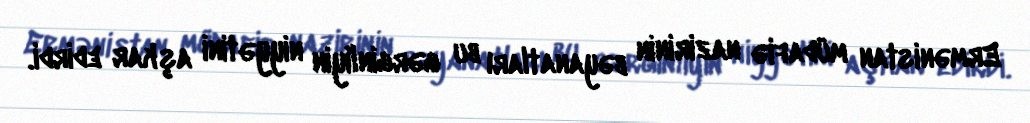
Ermənistan müdafiə nazirinin bəyanatları bu gərginliyin niyyətini aşkar edirdi.